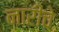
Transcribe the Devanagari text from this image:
नारीचे